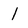
Character: l